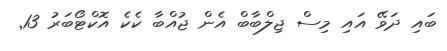
ބައި ދަވޭ އައި މިސް ޖިލްބާބް އެން ޖުއްބާ ކެކެ އޮކްޓޯބަރު 13